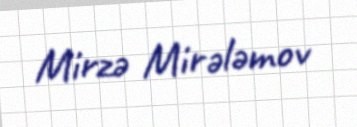
Mirzə Mirələmov